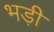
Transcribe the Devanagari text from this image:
भड़ी